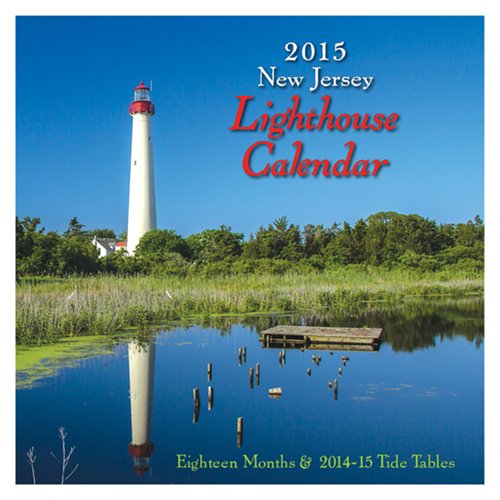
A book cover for New Jersey Lighthouse Calendar 2015; Down The Shore; Calendars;